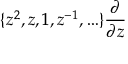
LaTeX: \{ z ^ { 2 } , z , 1 , z ^ { - 1 } , \ldots \} \frac { \partial } { \partial z }